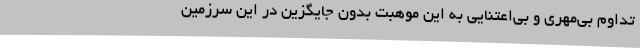
تداوم بی‌مهری و بی‌اعتنایی به این موهبت بدون جایگزین در این سرزمین